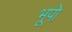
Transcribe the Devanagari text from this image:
भूपो